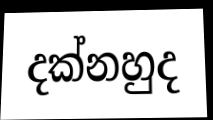
දක්නහුද